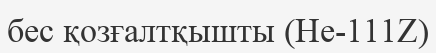
бес қозғалтқышты (He-111Z)